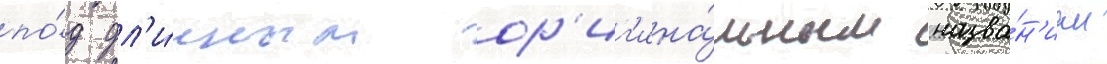
по́д дл'и́нным ор'иг'ина́льным назва́н'ием